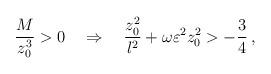
LaTeX: \begin{align*}{M \over {z_0 ^3}} > 0 \quad \Rightarrow \quad {{z_0 ^2}\over l^2} + \omega\varepsilon^2 z_0 ^2 > -{3\over 4} \, ,\end{align*}